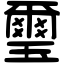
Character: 璽